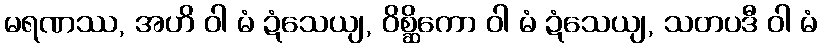
မရဏဿ, အဟိ ဝါ မံ ဍံသေယျ, ဝိစ္ဆိကော ဝါ မံ ဍံသေယျ, သတပဒီ ဝါ မံ